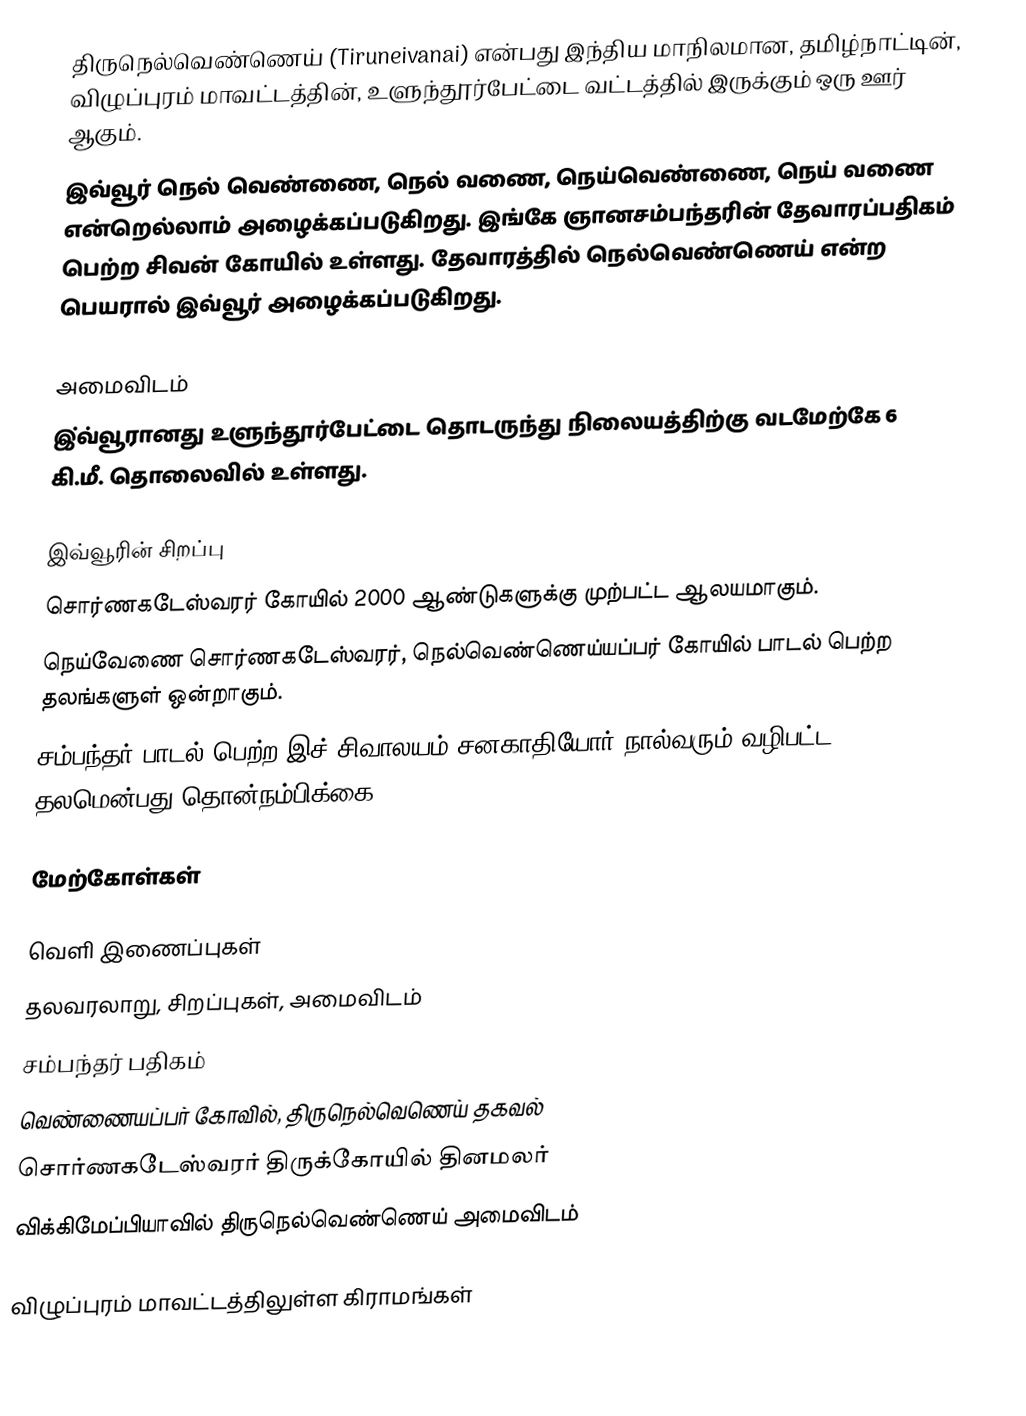
திருநெல்வெண்ணெய் (Tiruneivanai) என்பது இந்திய மாநிலமான,  தமிழ்நாட்டின், விழுப்புரம் மாவட்டத்தின்,  உளுந்தூர்பேட்டை வட்டத்தில் இருக்கும் ஒரு ஊர் ஆகும்.
இவ்வூர் நெல் வெண்ணை, நெல் வணை, நெய்வெண்ணை, நெய் வணை என்றெல்லாம் அழைக்கப்படுகிறது. இங்கே ஞானசம்பந்தரின் தேவாரப்பதிகம் பெற்ற சிவன் கோயில் உள்ளது. தேவாரத்தில் நெல்வெண்ணெய் என்ற பெயரால் இவ்வூர் அழைக்கப்படுகிறது.

அமைவிடம்
இ்வ்வூரானது உளுந்தூர்பேட்டை தொடருந்து நிலையத்திற்கு வடமேற்கே 6 கி.மீ. தொலைவில் உள்ளது.

இவ்வூரின் சிறப்பு
சொர்ணகடேஸ்வரர் கோயில் 2000 ஆண்டுகளுக்கு முற்பட்ட ஆலயமாகும்.
நெய்வேணை சொர்ணகடேஸ்வரர், நெல்வெண்ணெய்யப்பர் கோயில் பாடல் பெற்ற தலங்களுள் ஒன்றாகும்.
சம்பந்தர் பாடல் பெற்ற இச் சிவாலயம் சனகாதியோர் நால்வரும் வழிபட்ட தலமென்பது தொன்நம்பிக்கை.

மேற்கோள்கள்

வெளி இணைப்புகள்
 தலவரலாறு, சிறப்புகள், அமைவிடம்
 சம்பந்தர் பதிகம்
 வெண்ணையப்பர் கோவில், திருநெல்வெணெய் தகவல்
 சொர்ணகடேஸ்வரர் திருக்கோயில் தினமலர்
 விக்கிமேப்பியாவில் திருநெல்வெண்ணெய் அமைவிடம்

விழுப்புரம் மாவட்டத்திலுள்ள கிராமங்கள்